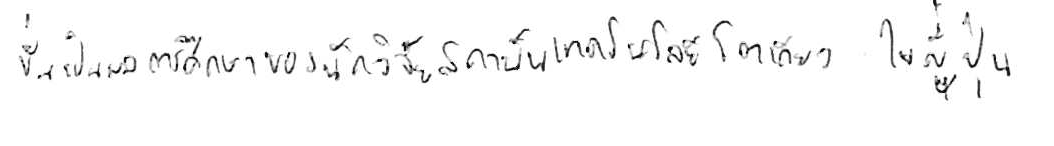
นั่นเป็นผลการศึกษาของนักวิจัยสถาบันเทคโนโลยีโตเกียว ในญี่ปุ่น